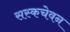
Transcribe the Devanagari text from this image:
सस्कचेवन